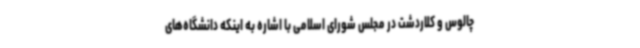
چالوس و کلاردشت در مجلس شورای اسلامی با اشاره به اینکه دانشگاه‌های